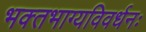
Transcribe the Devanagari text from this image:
भक्‍तभाग्यविवर्धनः